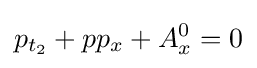
p_{t_{2}}+pp_{x}+A_{x}^{0}=0